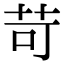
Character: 苛